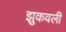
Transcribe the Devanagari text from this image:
झुकवली